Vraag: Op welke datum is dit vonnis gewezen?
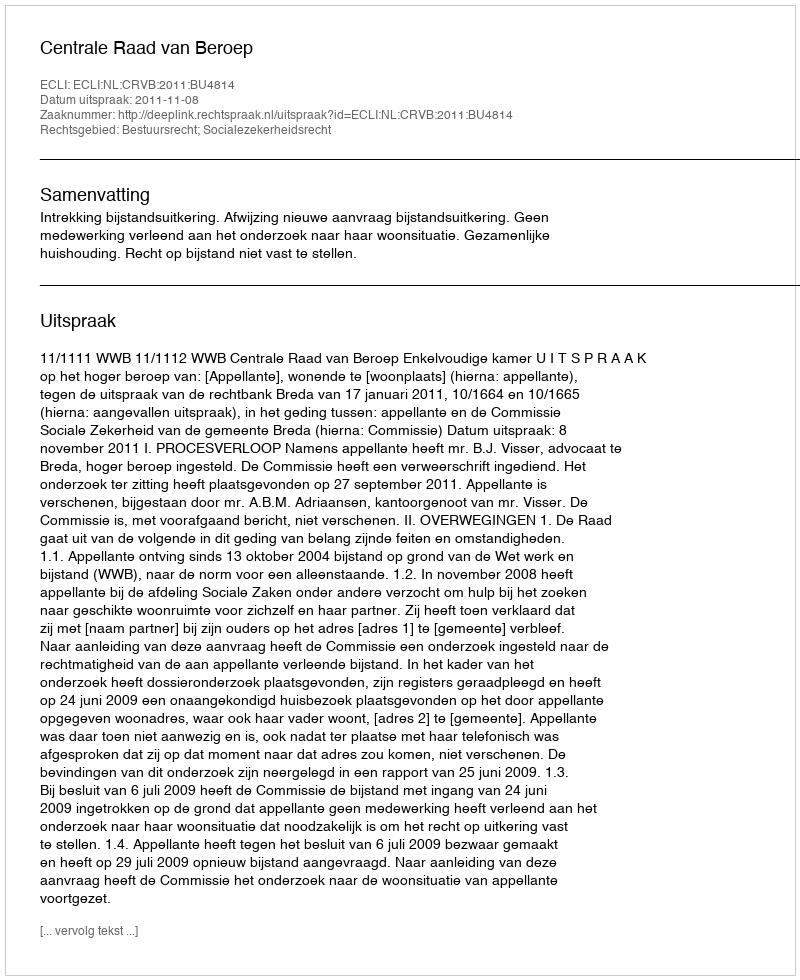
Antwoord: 2011-11-08